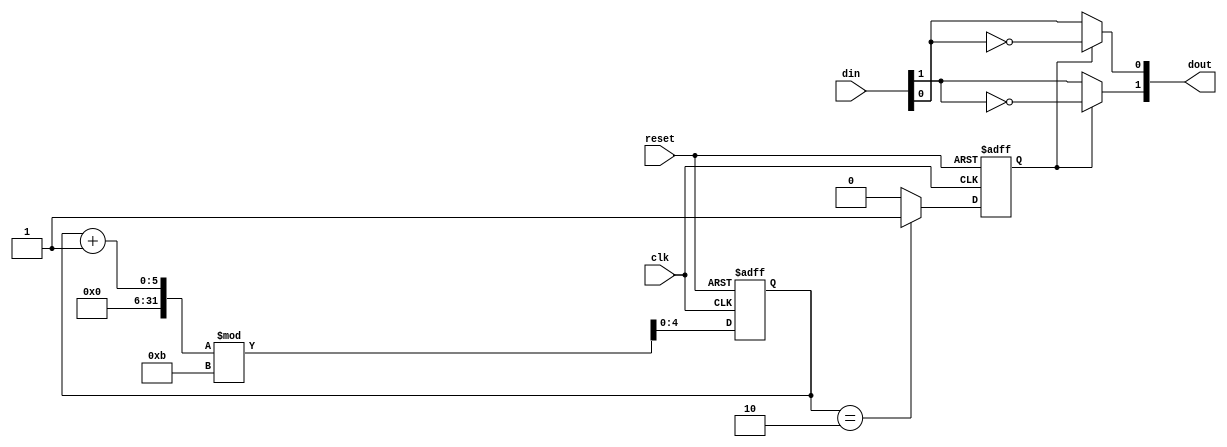
`timescale 1ns / 1ps

module BitError(clk,reset,din,dout);
input clk;
input reset;
input [1:0] din;
output [1:0] dout;

parameter Le = 11;

reg [1:0] dout_reg;
reg [4:0] cnt;
reg flag;

always @(posedge clk or negedge reset) begin
    if(!reset) begin
        cnt <= 0;
        flag <= 0;
    end
    else begin
        cnt <= (cnt + 1) % Le;
        if(cnt == 2) begin
            flag <= 1;
        end
        else begin
            flag <= 0;
        end
    end
end

assign dout[1] = flag ? ~din[1] : din[1];
assign dout[0] = flag ? ~din[0] : din[0];

endmodule